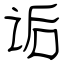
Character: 诟